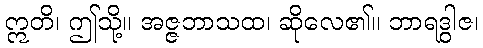
ဣတိ၊ ဤသို့။ အဇ္ဇဘာသထ၊ ဆိုလေ၏။ ဘာရဒွါဇ၊